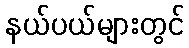
နယ်ပယ်များတွင်